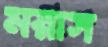
মরাস